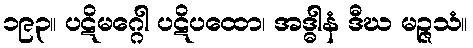
၁၉၃။ ပဋိမဂ္ဂေါ ပဋိပထော၊ အဒ္ဓါနံ ဒီဃ မဉ္ဇသံ။